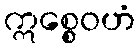
ဣစ္စေဝဟံ